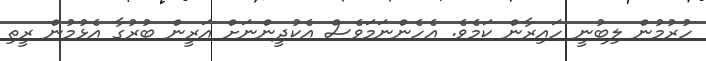
ހުރުމުން ލިބުނީ ހައިރާން ކަމެވެ. އެހެންނަމަވެސް އެކުދީންނަށް އަރީން ބުރުގާ އެޅުމުން ރީތި